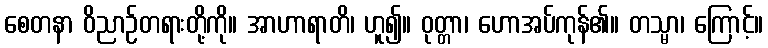
စေတနာ ဝိညာဉ်တရားတို့ကို။ အာဟာရာတိ၊ ဟူ၍။ ဝုတ္တာ၊ ဟောအပ်ကုန်၏။ တသ္မာ၊ ကြောင့်။